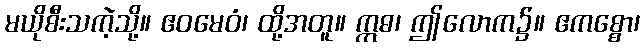
မယိုစီးသကဲ့သို့။ ဧဝမေဝံ၊ ထို့အတူ။ ဣဓ၊ ဤလောက၌။ ဧကစ္စော၊